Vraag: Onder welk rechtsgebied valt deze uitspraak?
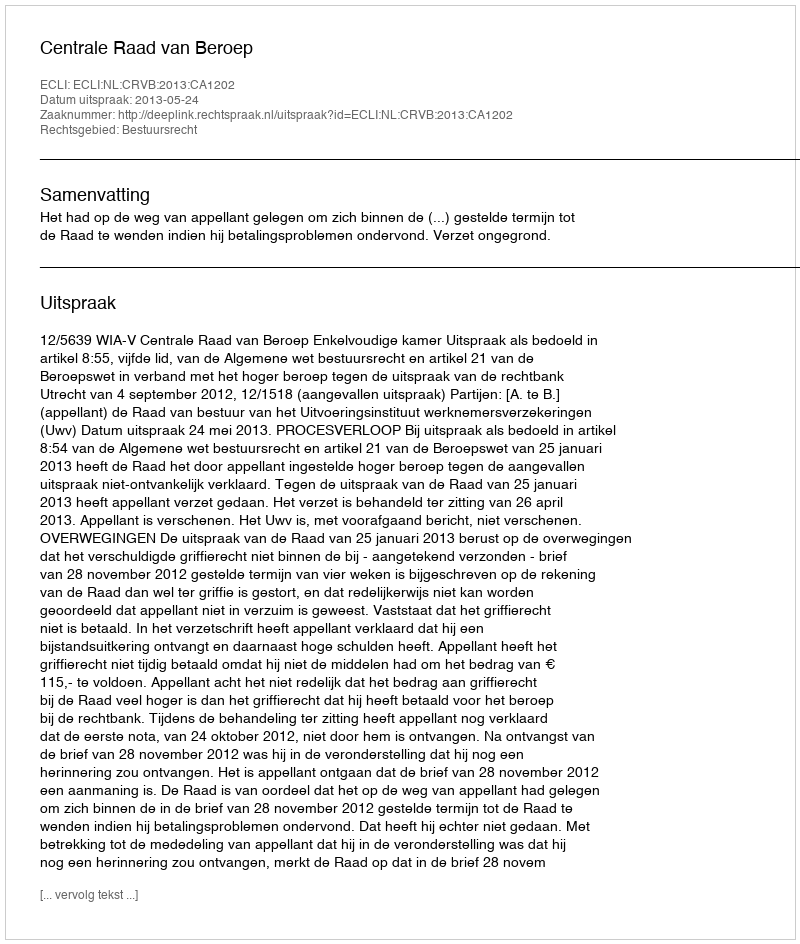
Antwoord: Bestuursrecht